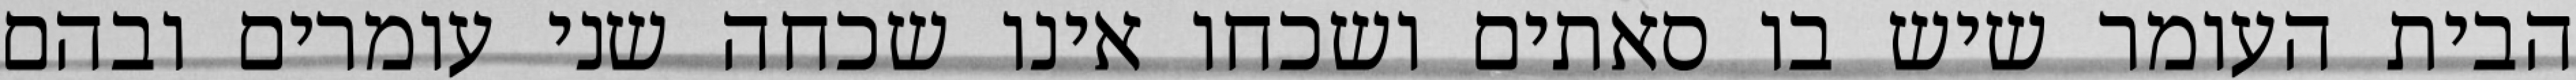
הבית העומר שיש בו סאתים ושכחו אינו שכחה שני עומרים ובהם